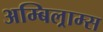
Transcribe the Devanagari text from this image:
अम्बिल्राम्स